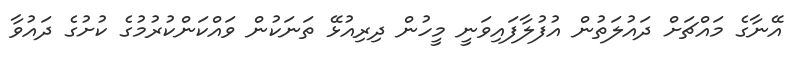
އޭނާގެ މައްޗަށް ދައުލަތުން އުފުލާފައިވަނީ މީހުން ދިރިއުޅޭ ތަނަކުން ވައްކަންކުރުމުގެ ކުށުގެ ދައުވާ